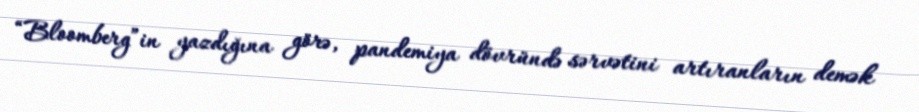
“Bloomberg”in yazdığına görə, pandemiya dövründə sərvətini artıranların demək